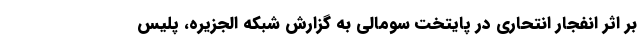
بر اثر انفجار انتحاری در پایتخت سومالی به گزارش شبکه الجزیره، پلیس